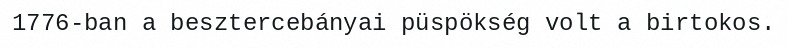
1776-ban a besztercebányai püspökség volt a birtokos.